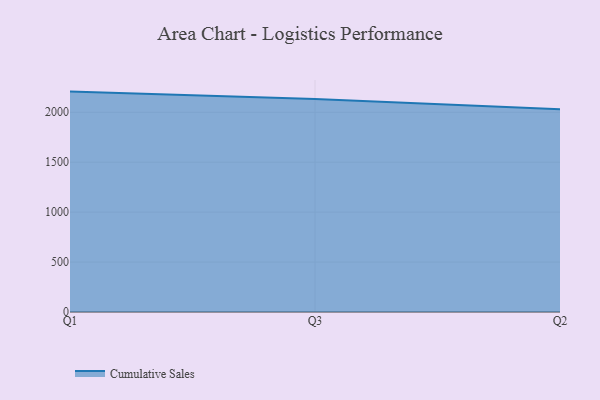
{"axis": {"x": "Quarter", "y": "Net Income (USD K)"}, "legend": ["Cumulative Sales"], "data": [{"x": "Q1", "y": 2206.9, "type": "Cumulative Sales"}, {"x": "Q3", "y": 2133.2, "type": "Cumulative Sales"}, {"x": "Q2", "y": 2031.3, "type": "Cumulative Sales"}]}